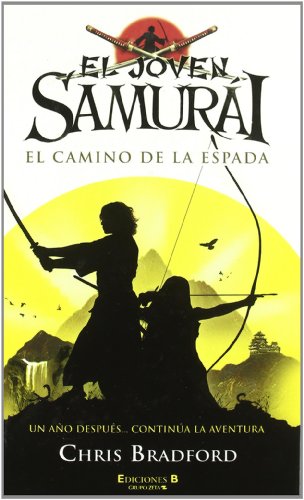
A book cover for EL JOVEN SAMURAI. EL CAMINO DE LA ESPADA (El Joven Samurai / Young Samurai) (Spanish Edition); Chris Bradford; Teen & Young Adult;